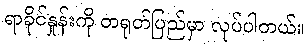
ရာခိုင်နှုန်းကို တရုတ်ပြည်မှာ လုပ်ပါတယ်။